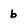
Character: 6